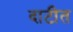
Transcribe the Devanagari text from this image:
दाटीत